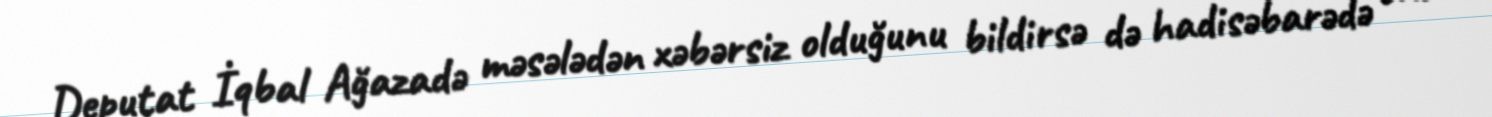
Deputat İqbal Ağazadə məsələdən xəbərsiz olduğunu bildirsə də hadisəbarədə ona